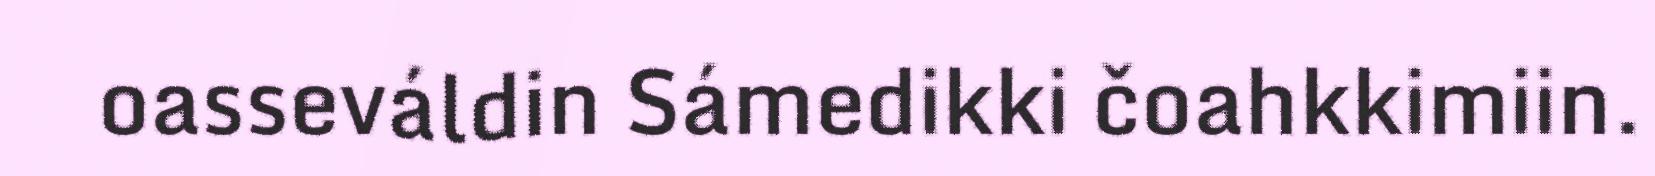
oasseváldin Sámedikki čoahkkimiin.